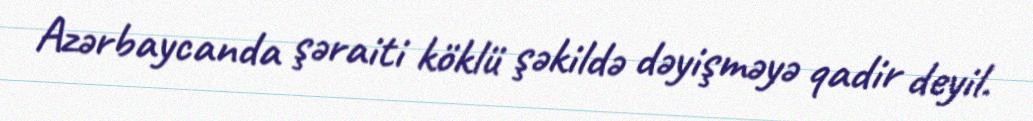
Azərbaycanda şəraiti köklü şəkildə dəyişməyə qadir deyil.